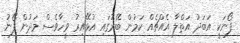
ފޯނަކީ އަބަދު އަތްލާ އެއްޗެއް ކަމުން ބޭރުގައި އުޅޭއިރު ވީހާވެސް މަދުން ފޯނު